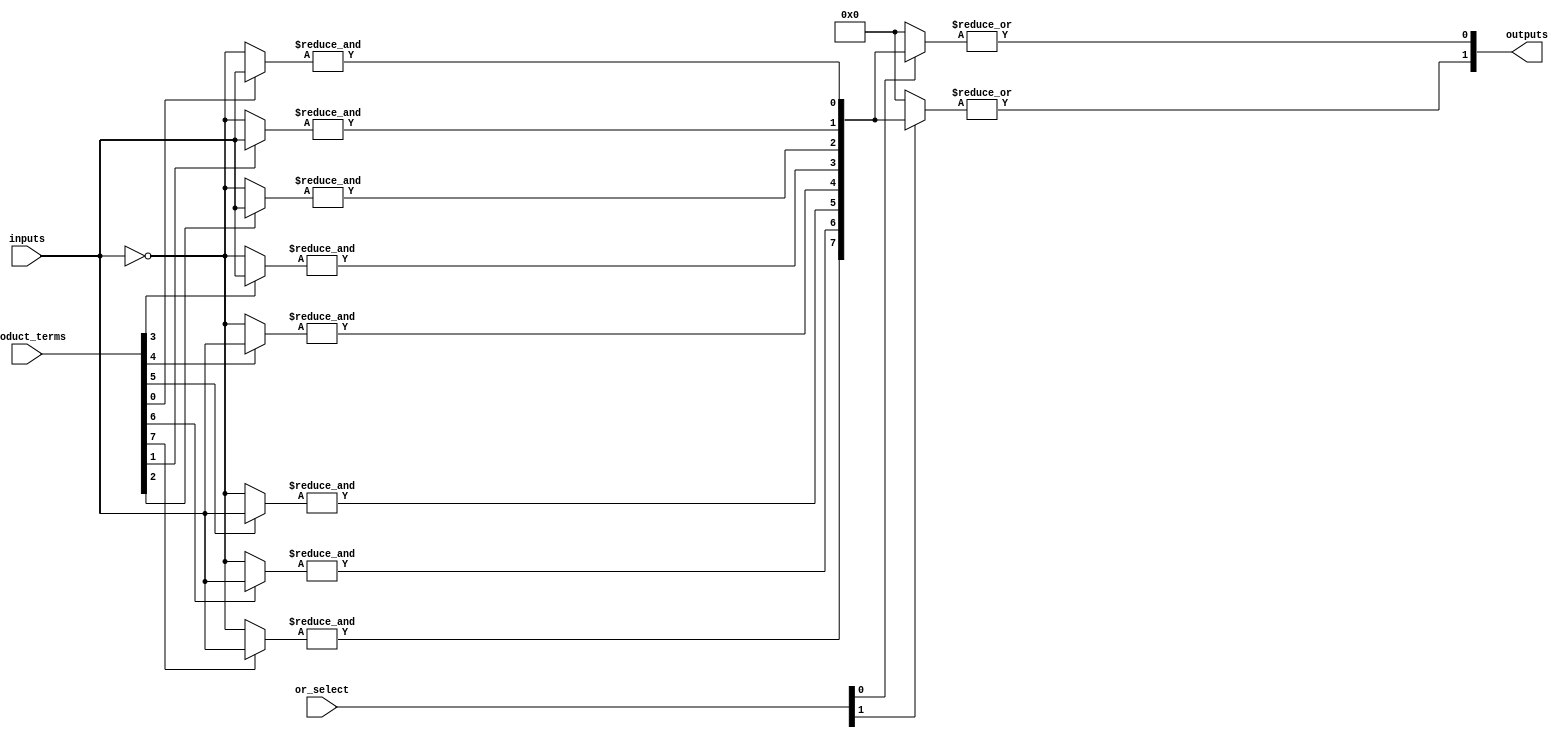
module PLA (
    input wire [N-1:0] inputs,      // N input signals
    input wire [M-1:0] product_terms, // M product terms (AND gates)
    input wire [O-1:0] or_select,    // O OR gates selection
    output wire [O-1:0] outputs       // O output signals
);
    parameter N = 4; // Number of inputs
    parameter M = 8; // Number of product terms
    parameter O = 2; // Number of outputs

    // Internal wires for product terms
    wire [M-1:0] and_outputs;

    // AND Plane: Programmable AND gates
    genvar i, j;
    generate
        for (i = 0; i < M; i = i + 1) begin : and_plane
            wire [N-1:0] and_input;
            // Configure AND gate inputs based on product_terms (this is a simplified example)
            assign and_input = (product_terms[i]) ? inputs : ~inputs; // Example configuration
            assign and_outputs[i] = &and_input; // AND operation
        end
    endgenerate

    // OR Plane: Programmable OR gates
    generate
        for (j = 0; j < O; j = j + 1) begin : or_plane
            wire [M-1:0] or_input;
            // Configure OR gate inputs based on or_select (this is a simplified example)
            assign or_input = (or_select[j]) ? and_outputs : 0; // Example configuration
            assign outputs[j] = |or_input; // OR operation
        end
    endgenerate

endmodule